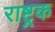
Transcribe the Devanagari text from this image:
राष्ट्रक